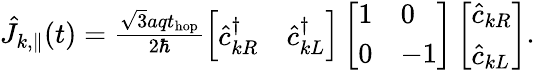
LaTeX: \begin{array}{r}{\hat{J}_{k,\parallel}(t)=\frac{\sqrt{3}aqt_{\mathrm{hop}}}{2\hbar}\left[\begin{array}{ll}{\hat{c}_{kR}^{\dagger}}&{\hat{c}_{kL}^{\dagger}}\end{array}\right]\left[\begin{array}{ll}{1}&{0}\\ {0}&{-1}\end{array}\right]\left[\begin{array}{l}{\hat{c}_{kR}}\\ {\hat{c}_{kL}}\end{array}\right].}\end{array}